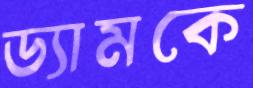
ড্যামকে